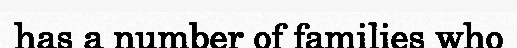
has a number of families who